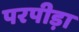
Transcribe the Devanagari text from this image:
परपीड़ा